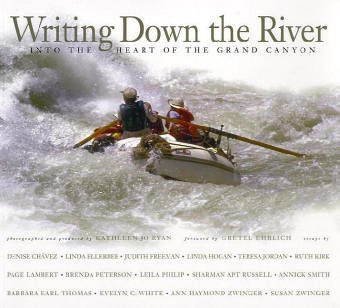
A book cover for Writing Down the River: Into the Heart of the Grand Canyon; Kathleen Jo Ryan; Sports & Outdoors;